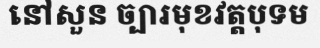
នៅសួន ច្បារមុខវត្តបុទម